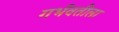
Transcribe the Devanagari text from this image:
गर्भवतीला